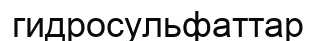
гидросульфаттар